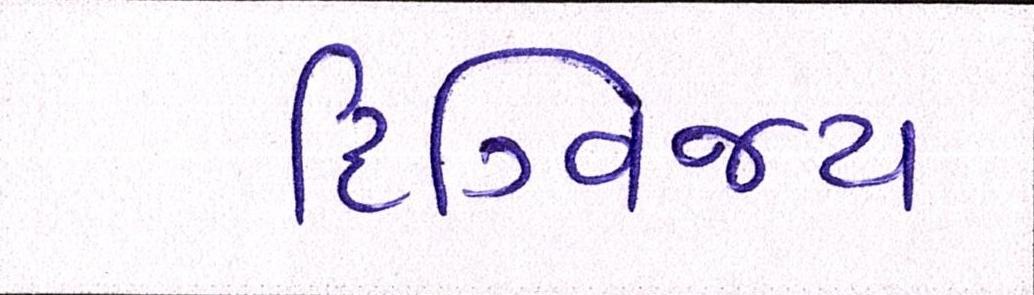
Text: દિગ્વિજય